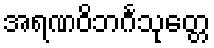
အရဏဝိဘင်္ဂသုတ္တေ